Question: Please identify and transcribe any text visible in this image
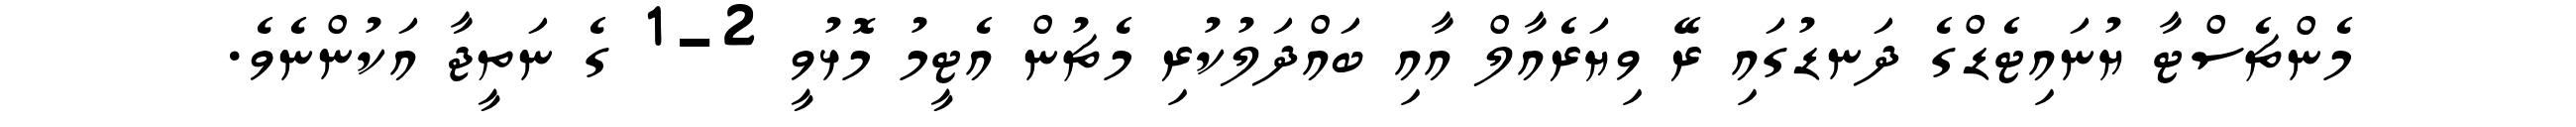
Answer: މެންޗެސްޓާ ޔުނައިޓެޑްގެ ދަނޑުގައި ރޭ ވިޔަރެއާލް އާއި ބައްދަލުކުރި މެޗުން އެޓީމު މޮޅުވީ 2-1 ގެ ނަތީޖާ އަކުންނެވެ.